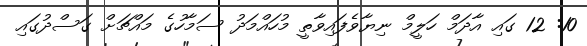
10: 12 ގައި އާދަމް ހަލީމް ނިޔާވެފައިވާތީ މުހައްމަދު ސަމާހުގެ މައްޗަށް ގަސްދުގައި